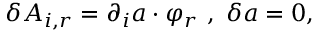
\delta A _ { i , r } = \partial _ { i } a \cdot \varphi _ { r } \ , \ \delta a = 0 ,